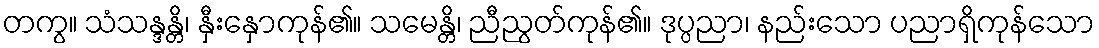
တကွ။ သံသန္ဒန္တိ၊ နှီးနှောကုန်၏။ သမေန္တိ၊ ညီညွတ်ကုန်၏။ ဒုပ္ပညာ၊ နည်းသော ပညာရှိကုန်သော